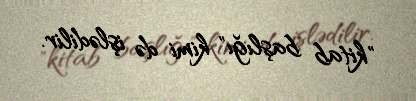
"kitab başlığı" kimi də işlədilir.